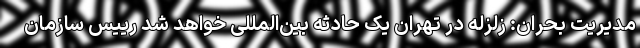
مدیریت بحران: زلزله در تهران یک حادثه بین‌المللی خواهد شد رییس سازمان